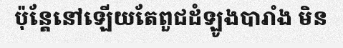
ប៉ុន្តែនៅឡើយតែពួជដំឡូងបារាំង មិន